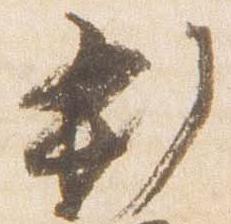
新